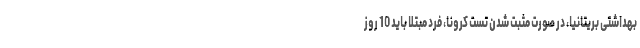
بهداشتی بریتانیا، در صورت مثبت شدن تست کرونا، فرد مبتلا باید 10 روز